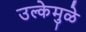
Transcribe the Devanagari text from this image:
उल्केमुळे